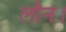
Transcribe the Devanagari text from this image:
लौन।